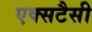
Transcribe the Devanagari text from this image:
एक्सटैसी